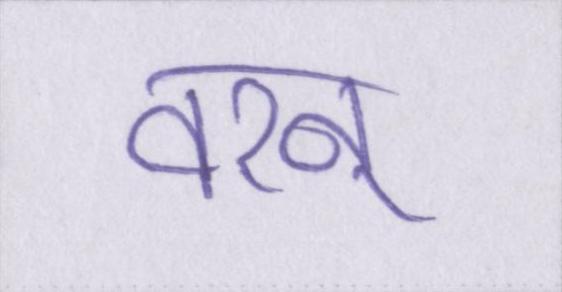
वरन्